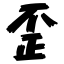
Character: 歪